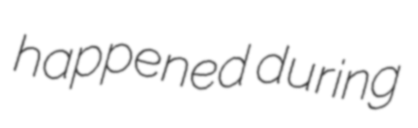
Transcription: happened during